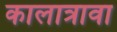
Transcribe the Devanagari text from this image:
कालात्रावा